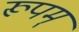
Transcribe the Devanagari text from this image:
रूपम्‌